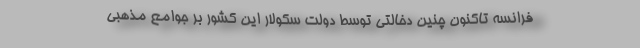
فرانسه تاکنون چنین دخالتی توسط دولت سکولار این کشور بر جوامع مذهبی